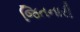
જિતનારી